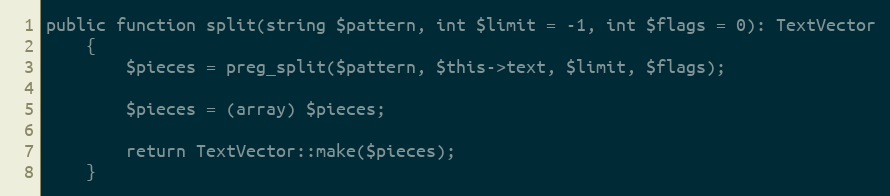
Language: PHP
public function split(string $pattern, int $limit = -1, int $flags = 0): TextVector
    {
        $pieces = preg_split($pattern, $this->text, $limit, $flags);

        $pieces = (array) $pieces;

        return TextVector::make($pieces);
    }